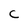
Character: C